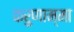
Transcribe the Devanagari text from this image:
करुणाम्मा